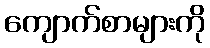
ကျောက်စာများကို